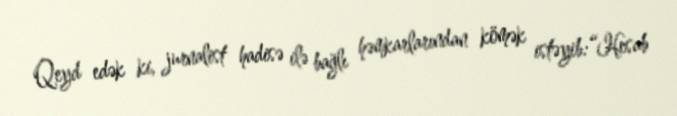
Qeyd edək ki, jurnalist hadisə ilə bağlı həmkarlarından kömək istəyib:“Hesab